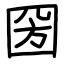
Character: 圀